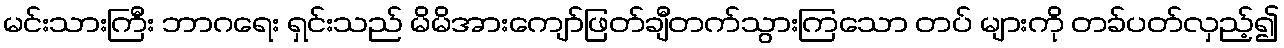
မင်းသားကြီး ဘာဂရေး ရှင်းသည် မိမိအားကျော်ဖြတ်ချီတက်သွားကြသော တပ် များကို တခ်ပတ်လှည့်၍